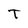
Character: T